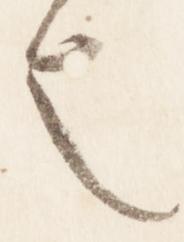
也